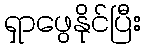
ရှာဖွေနိုင်ပြီး